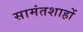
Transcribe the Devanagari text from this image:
सामंतशाहों